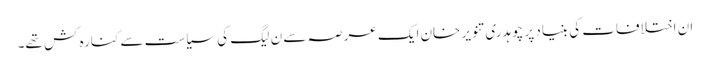
ان اختلافات کی بنیاد پر چوہدری تنویر خان ایک عرصہ سے ن لیگ کی سیاست سے کنارہ کش تھے۔